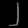
Digit: ၂